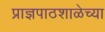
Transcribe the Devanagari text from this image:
प्राज्ञपाठशाळेच्या